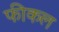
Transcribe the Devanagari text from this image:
फीकल